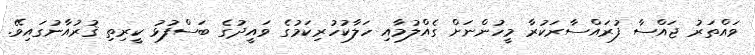
ވައްތަރު ޖައްސާ ފުރައްސާރަކުރާ މީހުންނަށް ގެއްލުމާއި ހަލާކުހުރިކަމުގެ ވައީދުގެ ބަސްފުޅު ކީރިތި ޤުރުއާނުގައިވޭ.